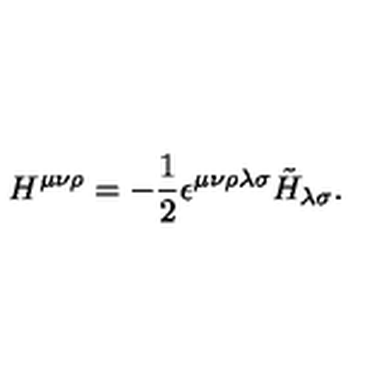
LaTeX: H ^ { \mu \nu \rho } = - { \frac { 1 } { 2 } } \epsilon ^ { \mu \nu \rho \lambda \sigma } \tilde { H } _ { \lambda \sigma } .